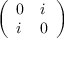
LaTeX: \left( \begin{array} { l l } { 0 } & { i } \\ { i } & { 0 } \end{array} \right)